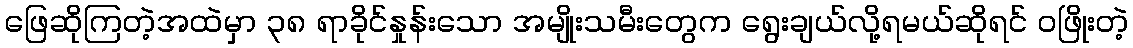
ဖြေဆိုကြတဲ့အထဲမှာ ၃၈ ရာခိုင်နှုန်းသော အမျိုးသမီးတွေက ရွေးချယ်လို့ရမယ်ဆိုရင် ဝဖြိုးတဲ့